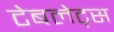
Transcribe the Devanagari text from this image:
टेबलेट्स